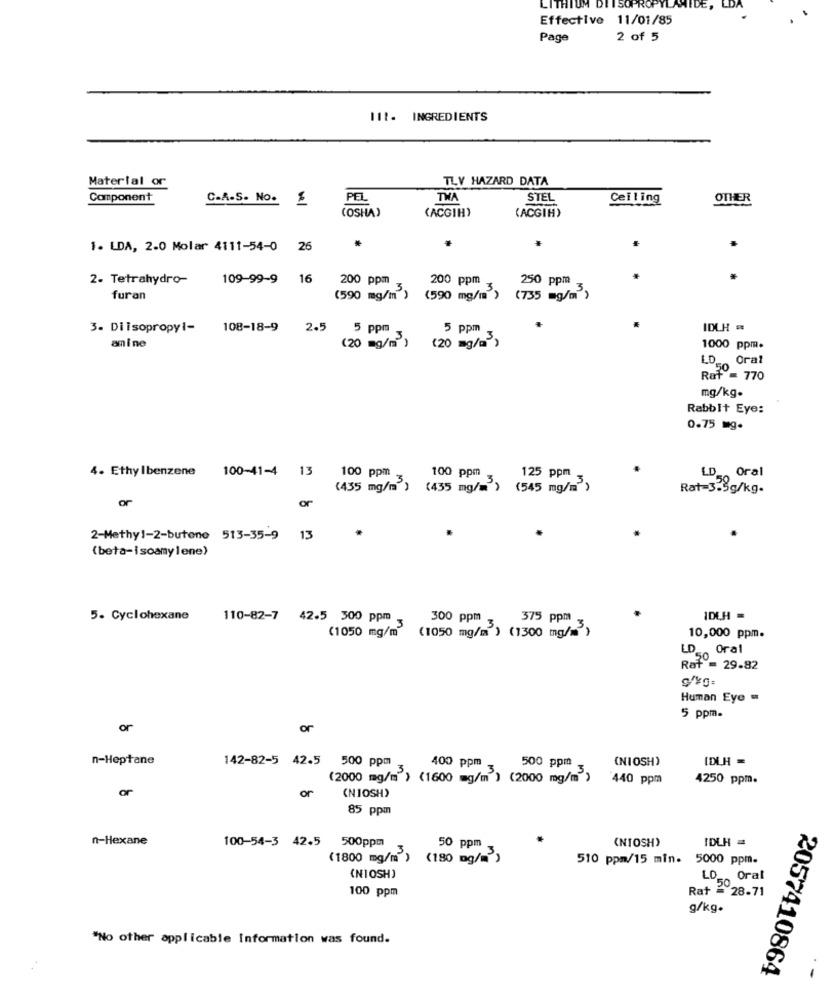
LITH
PROPY
Effective 11/01/85
Page
2 of 5
. INGREDIENTS
Material or
TLY HAZARD DATA
Component
C.A.S. No. 1
PEL
TWA
STEL
Ceiling
OTHER
(OSHA)
(ACGIH)
(ACGIH)
1. LDA, 2.0 Molar 4111-54-0 26
2- Tetrahydro-
109-99-9 16
200 ppm
200 ppm
250 ppm
furan
(590 mg/m )
(590 mg/m )
(735 mg/m )
3. Diisopropyl-
108-18-9
2.5
5 ppm
5 ppm
IDLH =
amine
(20 mg/m )
(20 mg/m )
1000 ppm.
LD_Oral
50
Raf = 770
mg/kg.
Rabbit Eye:
0.75 mg.
4. Ethylbenzene
100-41-4 13
100 ppm
100 ppm
LD
Oral
125 ppm
(435 mg/m )
(435 mg/m')
(545 mg/m")
Rat=3.5g/kg-
or
or
2-Methy1-2-butone 513-35-9 13
(beta-isoamylene)
5. Cyclohexane
110-82-7 42.5 300 ppm -
300 ppm
375 ppm
1DLH =
(1050 mg/m
(1050 mg/m') (1300 mg/m)
10,000 ppm.
LD_Oral
50
Raf = 29.82
Human Eye -
5 ppm.
or
n-Heptane
142-82-5 42.5 500 ppm
400 ppm
(NIOSH)
(DLH =
500 ppm
(2000 mg/m ) (1600 mg/m ) (2000 mg/m )
440 ppm
4250 ppm.
or
or
(NIOSH)
85 ppm
n-Hexane
(NIOSH)
IDLH =
100-54-3 42.5 500ppm
50 ppm
(1800 mg/m)
(180 mg/m)
510 ppm/15 min. 5000 ppm.
(NIOSH)
LOOral
100 ppm
Rat = 28.71
g/kg.
"No other applicable Information was found.
2057410864